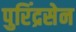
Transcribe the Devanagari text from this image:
पुरिंद्रसेन